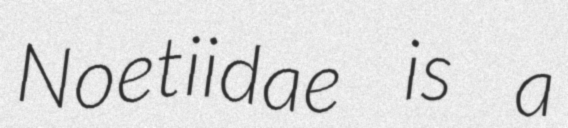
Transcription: Noetiidae is a